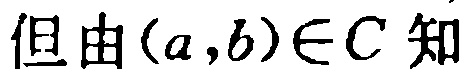
但由\((a,b)\in C\)知